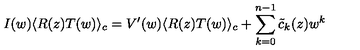
I ( w ) \langle R ( z ) T ( w ) \rangle _ { c } = V ^ { \prime } ( w ) \langle R ( z ) T ( w ) \rangle _ { c } + \sum _ { k = 0 } ^ { n - 1 } { \tilde { c } } _ { k } ( z ) w ^ { k }